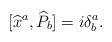
LaTeX: \begin{align*}\lbrack \widehat{x}^{a},\widehat{P}_{b}]=i\delta _{b}^{a}. \end{align*}